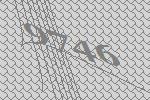
9746